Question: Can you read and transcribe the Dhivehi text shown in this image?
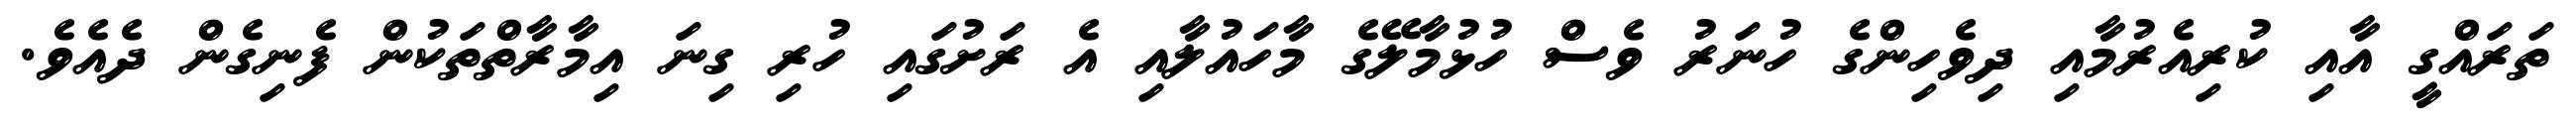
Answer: ތަރައްގީ އާއި ކުރިއެރުމާއި ދިވެހިންގެ ހުނަރު ވެސް ހުޅުމާލޭގެ މާހައުލާއި އެ ރަށުގައި ހުރި ގިނަ އިމާރާތްތަކުން ފެނިގެން ދެއެވެ.